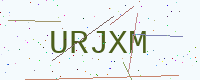
Text: URJXM